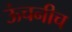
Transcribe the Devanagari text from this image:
ऊंचनीच